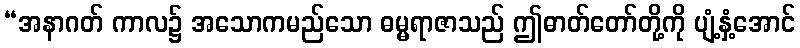
“အနာဂတ် ကာလ၌ အသောကမည်သော ဓမ္မရာဇာသည် ဤဓာတ်တော်တို့ကို ပျံ့နှံ့အောင်